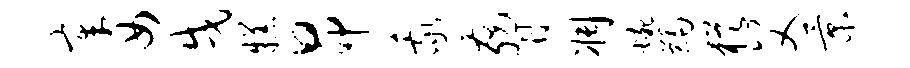
章女戌糕昂我胁凋蜿蠲犹父景